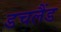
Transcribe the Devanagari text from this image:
डचलैंड